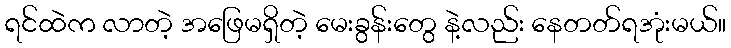
ရင်ထဲက လာတဲ့ အဖြေမရှိတဲ့ မေးခွန်းတွေ နဲ့လည်း နေတတ်ရအုံးမယ်။